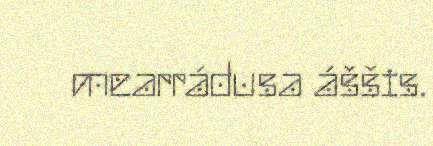
mearrádusa áššis.